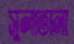
সুলাতানা